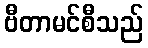
ဗီတာမင်စီသည်